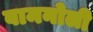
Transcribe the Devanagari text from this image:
बामनोली